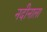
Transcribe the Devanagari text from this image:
नदीनाला